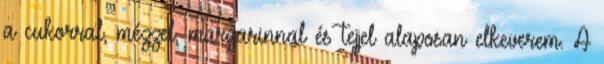
a cukorral, mézzel, margarinnal és tejjel alaposan elkeverem. A